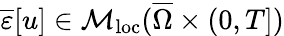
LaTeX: \overline{\varepsilon}[u]\in\mathcal{M}_{\mathrm{loc}}(\overline{\Omega}\times(0,T])